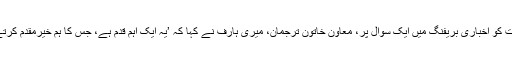
جمعرات کو اخباری بریفنگ میں ایک سوال پر، معاون خاتون ترجمان، میری ہارف نے کہا کہ ’یہ ایک اہم قدم ہے، جس کا ہم خیرمقدم کرتے ہیں‘۔